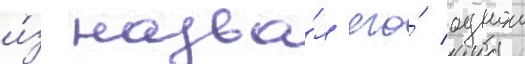
и́з назва́л его́ однои